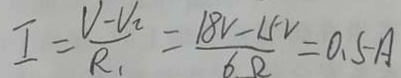
I = \frac { V - V _ { 2 } } { R _ { 1 } } = \frac { 1 8 V - 1 5 v } { 6 \Omega } = 0 . 5 A